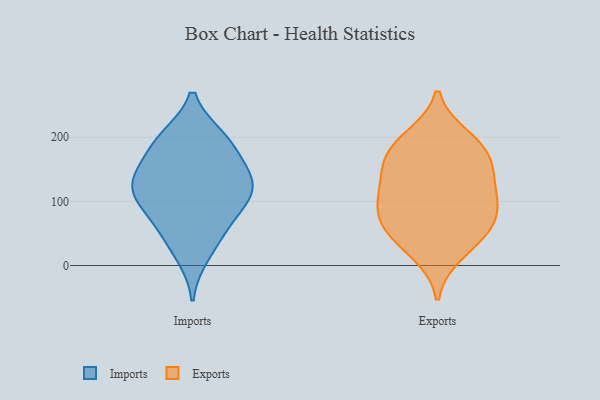
{"axis": {"x": "Shipments", "y": "Value"}, "legend": ["Exports", "Imports"], "data": [{"x": "", "y": 119, "type": "Imports"}, {"x": "", "y": 200, "type": "Imports"}, {"x": "", "y": 44, "type": "Imports"}, {"x": "", "y": 61, "type": "Imports"}, {"x": "", "y": 131, "type": "Imports"}, {"x": "", "y": 81, "type": "Imports"}, {"x": "", "y": 167, "type": "Imports"}, {"x": "", "y": 152, "type": "Imports"}, {"x": "", "y": 200, "type": "Imports"}, {"x": "", "y": 117, "type": "Imports"}, {"x": "", "y": 15, "type": "Imports"}, {"x": "", "y": 96, "type": "Imports"}, {"x": "", "y": 195, "type": "Imports"}, {"x": "", "y": 136, "type": "Imports"}, {"x": "", "y": 114, "type": "Imports"}, {"x": "", "y": 189, "type": "Exports"}, {"x": "", "y": 107, "type": "Exports"}, {"x": "", "y": 144, "type": "Exports"}, {"x": "", "y": 199, "type": "Exports"}, {"x": "", "y": 180, "type": "Exports"}, {"x": "", "y": 164, "type": "Exports"}, {"x": "", "y": 107, "type": "Exports"}, {"x": "", "y": 65, "type": "Exports"}, {"x": "", "y": 42, "type": "Exports"}, {"x": "", "y": 95, "type": "Exports"}, {"x": "", "y": 55, "type": "Exports"}, {"x": "", "y": 77, "type": "Exports"}, {"x": "", "y": 19, "type": "Exports"}, {"x": "", "y": 142, "type": "Exports"}]}